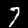
Label: 7